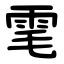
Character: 雮